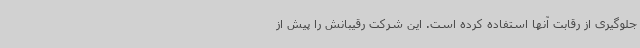
جلوگیری از رقابت آنها استفاده کرده است. این شرکت رقیبانش را پیش از